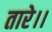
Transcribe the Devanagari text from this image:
तारे।।